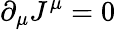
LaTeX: \partial_{\mu}J^{\mu}=0